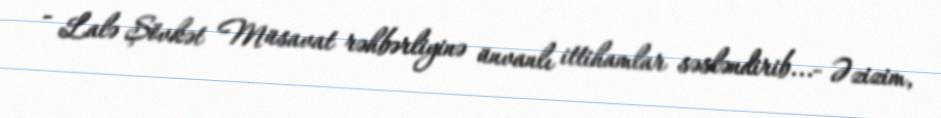
- Lalə Şövkət Müsavat rəhbərliyinə ünvanlı ittihamlar səsləndirib...- Əzizim,